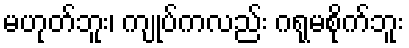
မဟုတ်ဘူး၊ ကျုပ်ကလည်း ဂရုမစိုက်ဘူး